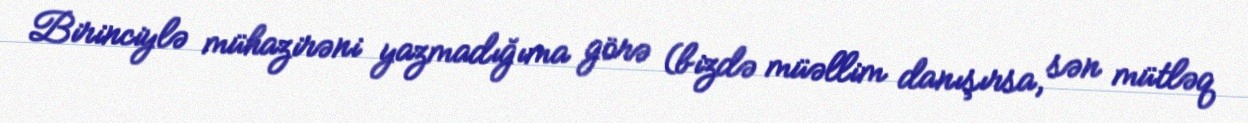
Birinciylə mühazirəni yazmadığıma görə (bizdə müəllim danışırsa, sən mütləq